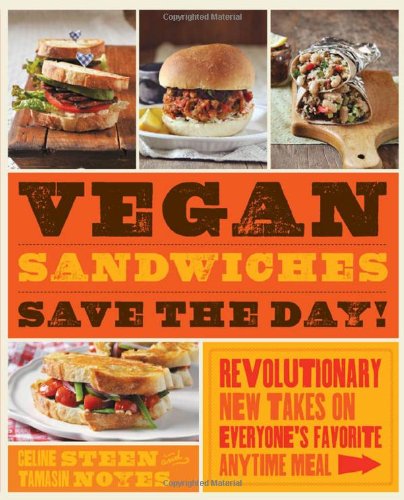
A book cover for Vegan Sandwiches Save the Day!: Revolutionary New Takes on Everyone's Favorite Anytime Meal; Tamasin Noyes; Cookbooks, Food & Wine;